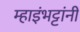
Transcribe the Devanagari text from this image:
म्हाइंभट्टांनी